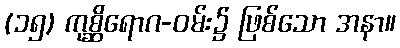
(၁၅) ကုစ္ဆိရောဂ-ဝမ်း၌ ဖြစ်သော အနာ။